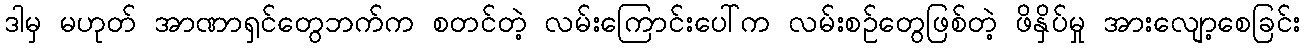
ဒါမှ မဟုတ် အာဏာရှင်တွေဘက်က စတင်တဲ့ လမ်းကြောင်းပေါ်က လမ်းစဉ်တွေဖြစ်တဲ့ ဖိနှိပ်မှု အားလျော့စေခြင်း